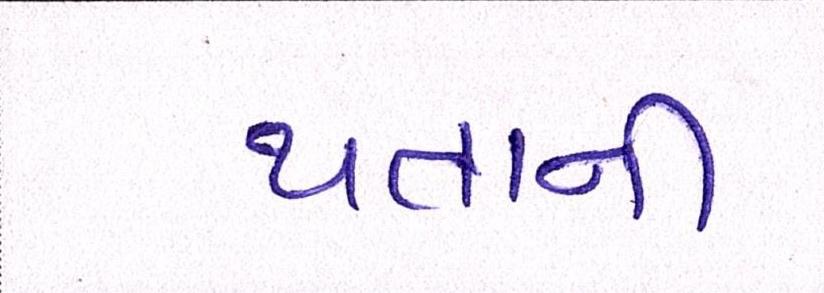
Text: થતાની